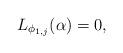
LaTeX: \begin{align*}L_{\phi_{1,{j}}}(\alpha)=0,\end{align*}